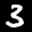
Label: 3